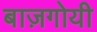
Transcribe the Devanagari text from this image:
बाज़गोयी